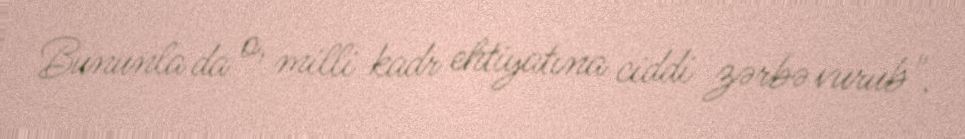
Bununla da o, milli kadr ehtiyatına ciddi zərbə vurub".